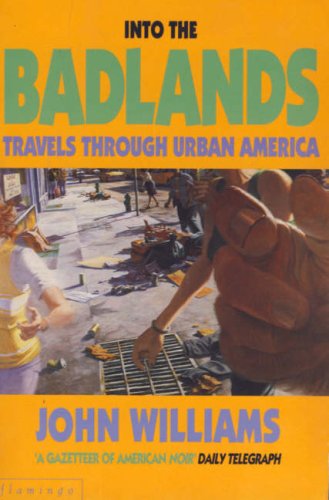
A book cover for Into the Badlands: Travels Through Urban America; John Williams; Mystery, Thriller & Suspense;